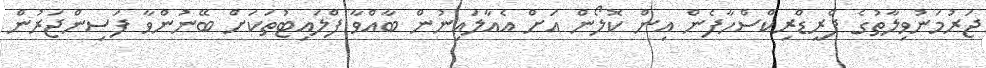
ޖަރުމަނުވިލާތުގެ ފްރީޑްރިކްސްހާފެން އިން ކޮލޯން އަށް އެއާލައިނުން ބާއްވާ ފްލައިޓުތަކަށް ބޭނުންވާ ފަސިންޖަރުން